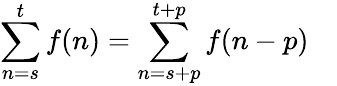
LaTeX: \sum_{n=s}^{t}f(n)=\sum_{n=s+p}^{t+p}f(n-p)\quad